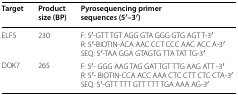
| Target | Product size (BP) | Pyrosequencing primer sequences (5′–3′) |
 | --- | --- | --- |
 | ELF5 | 230 | F: 5′-GTT TGT AGG GTA GGG GTG AGT T-3′R: 5′-BIOTIN-ACA AAC CCT CCC AAC ACC A-3′SEQ: 5′-TAA GGA GTAGTG TTA TAT TG-3′ |
 | DOK7 | 265 | F: 5′- GGG AAG TAG GAT TGT TTG AAG ATT -3′R: 5′- BIOTIN-CCA ACC AAA CTC CTT CTC CTA-3′SEQ: 5′-GTT TTT GTT TTT TGA AAA AG-3′ |